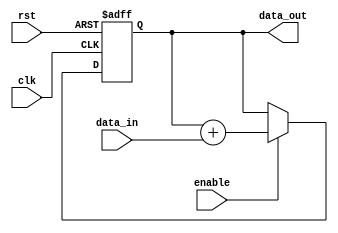
module cascaded_accumulator (
    input clk,
    input rst,
    input [7:0] data_in,
    input enable,
    output [15:0] data_out
);

reg [15:0] accumulator;

always @(posedge clk or posedge rst) begin
    if (rst) begin
        accumulator <= 16'b0;
    end else if (enable) begin
        accumulator <= accumulator + data_in;
    end
end

assign data_out = accumulator;

endmodule